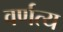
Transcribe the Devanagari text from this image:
वर्णत्य